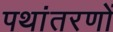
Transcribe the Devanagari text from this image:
पथांतरणों